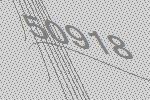
50918